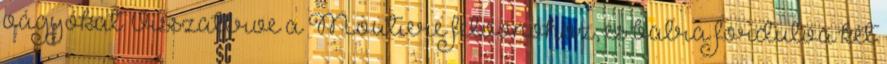
vágyókat. Visszatérve a Moutiere felvonóhoz, és balra fordulva két